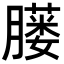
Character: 𦡢